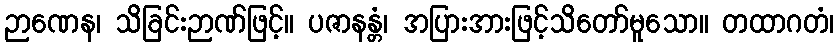
ဉာဏေန၊ သိခြင်းဉာဏ်ဖြင့်။ ပဇာနန္တံ၊ အပြားအားဖြင့်သိတော်မူသော။ တထာဂတံ၊